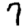
Digit: 7